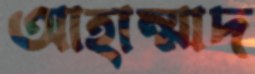
আহাম্মাদ